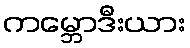
ကမ္ဘောဒီးယား